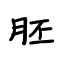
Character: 胚